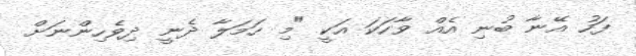
ފަހު އޭނާ ބުނި އެއް ވާހަކަ އަކީ "މި ހަމަލާ ދެނީ ދިވެހިންނަށް